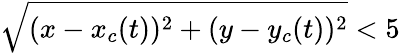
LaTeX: \sqrt{(x-x_{c}(t))^{2}+(y-y_{c}(t))^{2}}<5